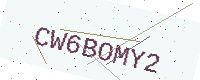
Text: CW6BOMY2